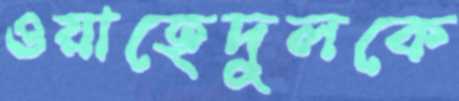
ওয়াহেদুলকে